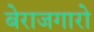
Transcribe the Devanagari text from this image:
बेराजगारो